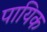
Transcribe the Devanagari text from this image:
पायिक